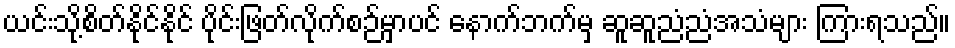
ယင်းသို့စိတ်နိုင်နိုင် ပိုင်းဖြတ်လိုက်စဉ်မှာပင် နောက်ဘက်မှ ဆူဆူညံညံအသံများ ကြားရသည်။